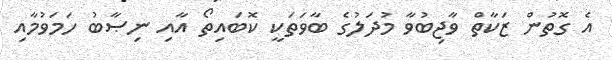
އެ ގޮތުން ޒަކާތް ވާޖިބުވާ މުދަލުގެ ބާވަތަކީ ކޮބައިތޯ އާއި ނިޞާބު ހަމަވުމާއި